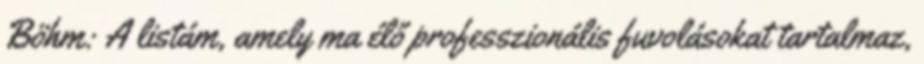
Böhm: A listám, amely ma élő professzionális fuvolásokat tartalmaz,